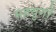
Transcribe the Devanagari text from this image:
महयुगों